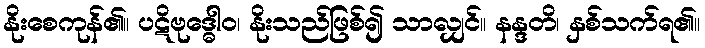
နိုးစေကုန်၏။ ပဋိဗုဒ္ဓေါဝ၊ နိုးသည်ဖြစ်၍ သာလျှင်။ နန္ဒတိ၊ နှစ်သက်ရ၏။